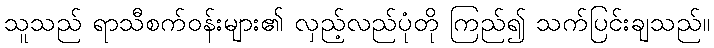
သူသည် ရာသီစက်ဝန်းများ၏ လှည့်လည်ပုံတို ကြည်၍ သက်ပြင်းချသည်။